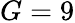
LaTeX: G=9